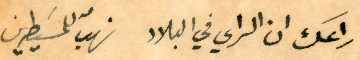
راعك ان الراي في البلاد نهبّ للمسَيطرين